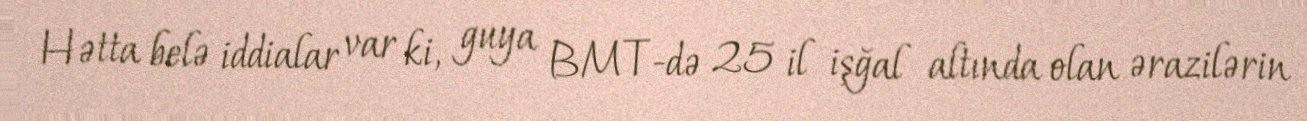
Hətta belə iddialar var ki, guya BMT-də 25 il işğal altında olan ərazilərin